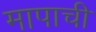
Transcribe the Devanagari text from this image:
मापाची